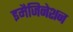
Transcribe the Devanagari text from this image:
इमैजिनेशन